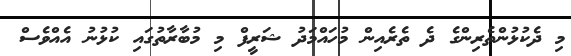
މި ދެކުޅުންތެރިންގެ ދެ ތެރެއިން މުހައްމަދު ޝަރީފް މި މުބާރާތުގައި ކުޅުނު އެއްވެސް